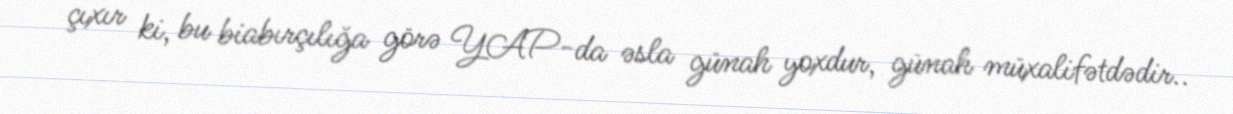
çıxır ki, bu biabırçılığa görə YAP-da əsla günah yoxdur, günah müxalifətdədir..